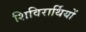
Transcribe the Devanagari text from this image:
शिविरार्थियों